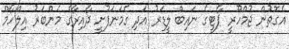
އެގޮތުން ޖުމްހޫރީ ޕާޓީގެ ނައިބް ލީޑަރު އަދި ގެމަނަފުށީ ދާއިރާގެ މެންބަރު އިލްހާމް